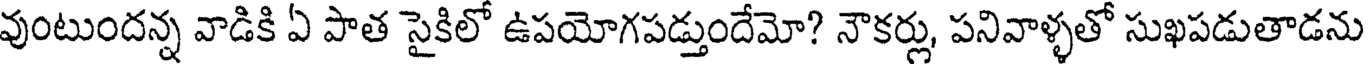
వుంటుందన్న వాడికి ఏ పాత సైకిలో ఉపయోగపడ్తుందేమో? నౌకర్లు, పనివాళ్ళతో సుఖపడుతాడను